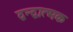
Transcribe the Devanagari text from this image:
द्वन्द्वात्मक